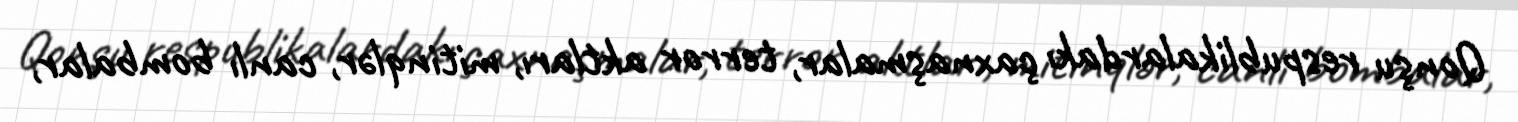
Qonşu respublikalardakı çaxnaşmalar, terror aktları, mitinqlər, canlı bombalar,